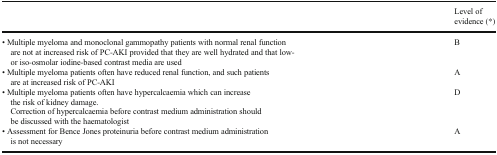
<table><thead><tr><td></td><td><b>Level of evidence (*)</b></td></tr></thead><tbody><tr><td>• Multiple myeloma and monoclonal gammopathy patients with normal renal function are not at increased risk of PC-AKI provided that they are well hydrated and that low- or iso-osmolar iodine-based contrast media are used</td><td>B</td></tr><tr><td>• Multiple myeloma patients often have reduced renal function, and such patients are at increased risk of PC-AKI</td><td>A</td></tr><tr><td>• Multiple myeloma patients often have hypercalcaemia which can increase the risk of kidney damage. Correction of hypercalcaemia before contrast medium administration should be discussed with the haematologist</td><td>D</td></tr><tr><td>• Assessment for Bence Jones proteinuria before contrast medium administration is not necessary</td><td>A</td></tr></tbody></table>